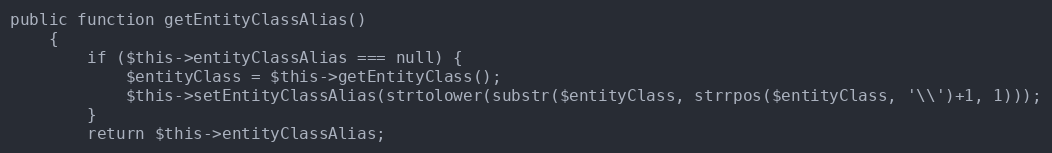
Language: PHP
public function getEntityClassAlias()
    {
        if ($this->entityClassAlias === null) {
            $entityClass = $this->getEntityClass();
            $this->setEntityClassAlias(strtolower(substr($entityClass, strrpos($entityClass, '\\')+1, 1)));
        }
        return $this->entityClassAlias;